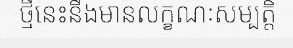
ថ្មីនេះនឹងមានលក្ខណៈសម្បត្តិ